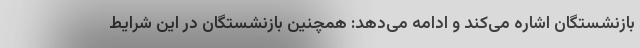
بازنشستگان اشاره می‌کند و ادامه می‌دهد: همچنین بازنشستگان در این شرایط